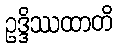
ဥဒ္ဒိဿထာတိ